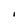
Character: I